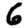
Digit: 6